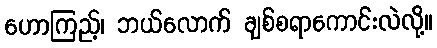
ဟောကြည့်၊ ဘယ်လောက် ချစ်စရာကောင်းလဲလို့။